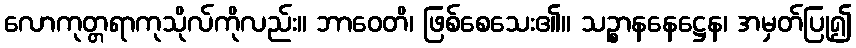
လောကုတ္တရာကုသိုလ်ကိုလည်း။ ဘာဝေတိ၊ ဖြစ်စေသေး၏။ သဉ္စာနနေဋ္ဌေန၊ အမှတ်ပြု၍